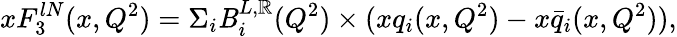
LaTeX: xF_{3}^{lN}(x,Q^{2})=\Sigma_{i}\mathit{B}_{i}^{L,\mathbb{R}}(Q^{2})\times(xq_{i}(x,Q^{2})-x\bar{{q}}_{i}(x,Q^{2})),